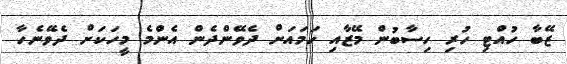
ޒޭބާ ހުއްޓި ހުރި ހިސާބުން މޭޒާއި ހަމައަށް ދެވޭންދެން އެންމެ މީހަކަށް ދެވޭނެހާ